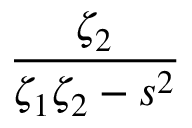
\frac { \zeta _ { 2 } } { \zeta _ { 1 } \zeta _ { 2 } - s ^ { 2 } }